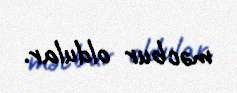
məcbur oldular.